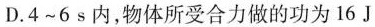
D.4~6s内，物体所受合力做的功为16J